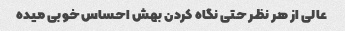
عالی از هر نظر حتی نگاه کردن بهش احساس خوبی میده